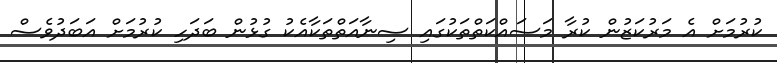
ކުރުމަށް އެ މަރުކަޒުން ކުރާ މަސައްކަތްތަކުގައި ސިނާއަތްތަކާއެކު ގުޅުން ބަދަހި ކުރުމަށް އަބަދުވެސް